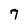
Character: 7